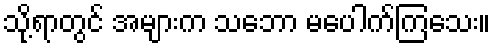
သို့ရာတွင် အများက သဘော မပေါက်ကြသေး။